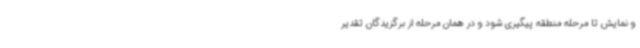
و نمایش تا مرحله منطقه پیگیری شود و در همان مرحله از برگزیدگان تقدیر